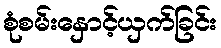
စုံစမ်းနှောင့်ယှက်ခြင်း